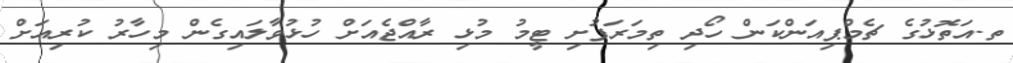
ތ.އަތޮޅުގެ ޗެމްޕިއަންކަން ހޯދި ތިމަރަފުށި ޓީމު މުޅި ރާއްޖެއަށް ހުޅުވާލައިގެން މިހާރު ކުރިއަށް